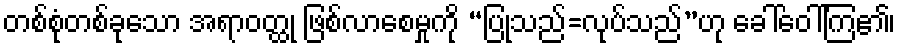
တစ်စုံတစ်ခုသော အရာဝတ္ထု ဖြစ်လာစေမှုကို “ပြုသည်=လုပ်သည်”ဟု ခေါ်ဝေါ်ကြ၏၊